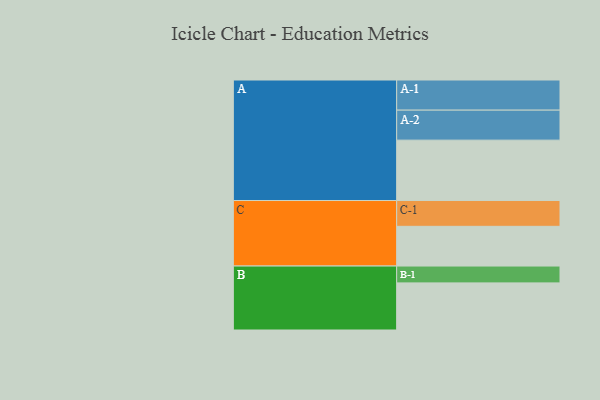
{"axis": {"x": "Segment", "y": "Value"}, "legend": ["", "A", "B", "C"], "data": [{"x": "A", "y": 473, "type": ""}, {"x": "B", "y": 369, "type": ""}, {"x": "C", "y": 311, "type": ""}, {"x": "A-1", "y": 236, "type": "A"}, {"x": "A-2", "y": 235, "type": "A"}, {"x": "B-1", "y": 132, "type": "B"}, {"x": "C-1", "y": 202, "type": "C"}]}